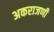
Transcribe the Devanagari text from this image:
अकराजणी